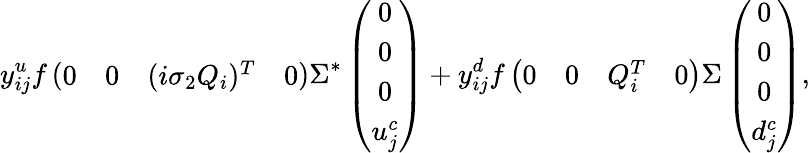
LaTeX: y_{ij}^{u}f\left({\begin{array}{cccc}{{0}}&{{0}}&{{(i\sigma_{2}Q_{i})^{T}}}&{{0}}\end{array}}\right)\Sigma^{*}\left(\begin{array}{c}{{0}}\\ {{0}}\\ {{0}}\\ {{u_{j}^{c}}}\end{array}\right)+y_{ij}^{d}f\left({\begin{array}{cccc}{{0}}&{{0}}&{{Q_{i}^{T}}}&{{0}}\end{array}}\right)\Sigma\left(\begin{array}{c}{{0}}\\ {{0}}\\ {{0}}\\ {{d_{j}^{c}}}\end{array}\right),